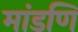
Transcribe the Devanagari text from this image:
मांडणि